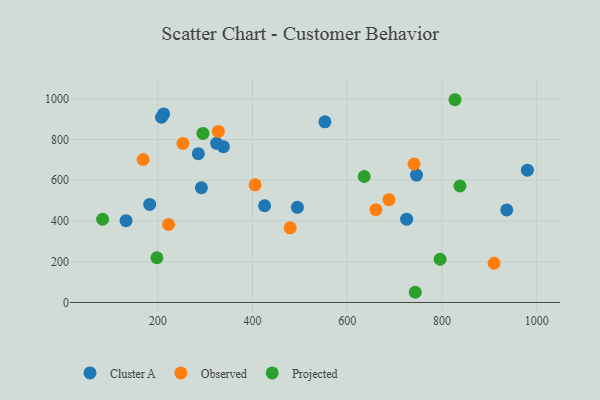
{"axis": {"x": "Ad Spend", "y": "Rating"}, "legend": ["Cluster A", "Observed", "Projected"], "data": [{"x": "338.6", "y": 764.6, "type": "Cluster A"}, {"x": "292.2", "y": 563.1, "type": "Cluster A"}, {"x": "133.1", "y": 401.8, "type": "Cluster A"}, {"x": "285.7", "y": 730.7, "type": "Cluster A"}, {"x": "425.7", "y": 474.8, "type": "Cluster A"}, {"x": "183.1", "y": 481.3, "type": "Cluster A"}, {"x": "212.5", "y": 925.7, "type": "Cluster A"}, {"x": "936.9", "y": 454.4, "type": "Cluster A"}, {"x": "553.0", "y": 886.6, "type": "Cluster A"}, {"x": "746.3", "y": 625.3, "type": "Cluster A"}, {"x": "324.3", "y": 781.5, "type": "Cluster A"}, {"x": "494.9", "y": 466.9, "type": "Cluster A"}, {"x": "980.4", "y": 649.7, "type": "Cluster A"}, {"x": "208.0", "y": 909.3, "type": "Cluster A"}, {"x": "725.5", "y": 408.7, "type": "Cluster A"}, {"x": "479.7", "y": 366.6, "type": "Observed"}, {"x": "910.1", "y": 192.7, "type": "Observed"}, {"x": "688.2", "y": 504.5, "type": "Observed"}, {"x": "328.0", "y": 839.5, "type": "Observed"}, {"x": "741.2", "y": 679.9, "type": "Observed"}, {"x": "253.2", "y": 780.5, "type": "Observed"}, {"x": "222.8", "y": 382.7, "type": "Observed"}, {"x": "169.2", "y": 701.9, "type": "Observed"}, {"x": "660.7", "y": 455.6, "type": "Observed"}, {"x": "405.6", "y": 577.6, "type": "Observed"}, {"x": "827.5", "y": 995.3, "type": "Projected"}, {"x": "295.5", "y": 829.9, "type": "Projected"}, {"x": "83.7", "y": 408.5, "type": "Projected"}, {"x": "796.1", "y": 212.3, "type": "Projected"}, {"x": "838.0", "y": 571.8, "type": "Projected"}, {"x": "636.0", "y": 618.3, "type": "Projected"}, {"x": "198.3", "y": 219.7, "type": "Projected"}, {"x": "743.7", "y": 50.1, "type": "Projected"}]}